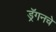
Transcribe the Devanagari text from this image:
ड्रॅगनचे